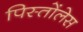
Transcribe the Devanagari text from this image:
पिस्तोंलेस